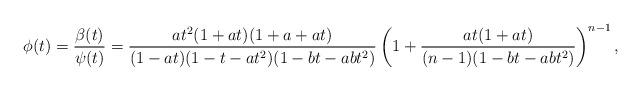
LaTeX: \begin{align*} \phi(t) = \frac{\beta(t)}{\psi(t)} = \frac{a t^2 (1 + a t) (1 + a + a t)}{(1 - a t) (1 - t - a t^2) (1 - b t - a b t^2)} \left (1 + \frac{a t (1+ a t)}{(n - 1) (1 - b t - a b t^2)} \right )^{n - 1},\end{align*}